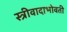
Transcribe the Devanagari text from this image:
स्त्रीवादाभोवती